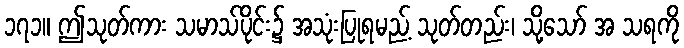
၁၇၁။ ဤသုတ်ကား သမာသ်ပိုင်း၌ အသုံးပြုရမည့် သုတ်တည်း၊ သို့သော် အ သရကို